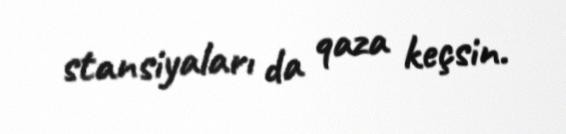
stansiyaları da qaza keçsin.